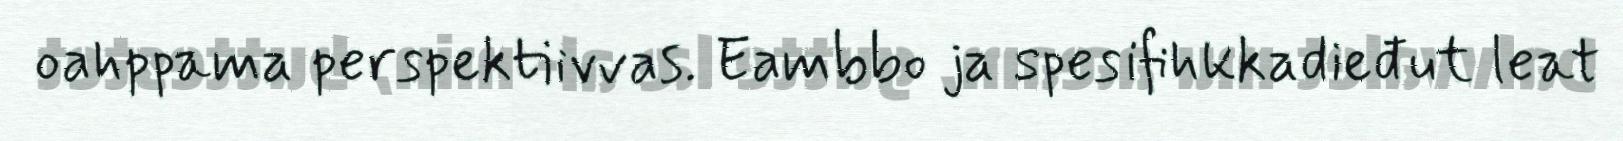
oahppama perspektiivvas. Eambbo ja spesifihkkadieđut leat